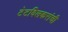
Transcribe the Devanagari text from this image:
टेटविलकरांची